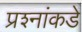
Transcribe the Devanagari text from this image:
प्रश्‍नांकडे